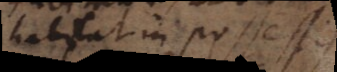
habitat in possessis,